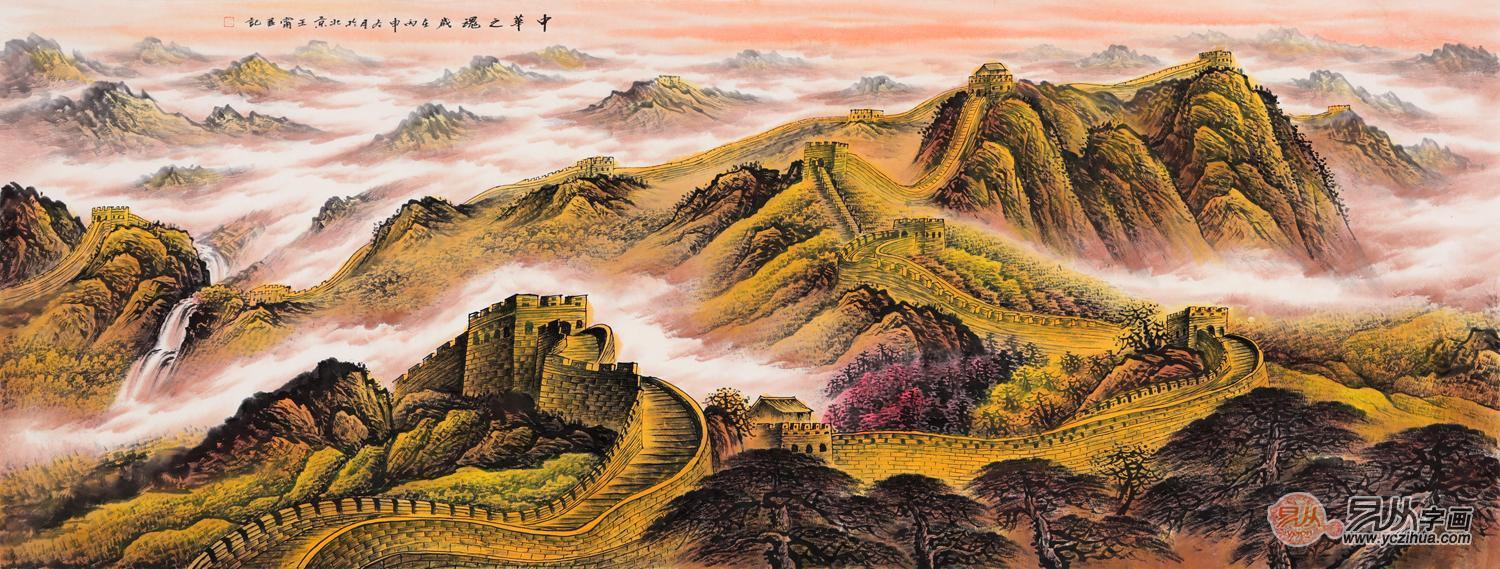
烽火平安夜，归梦到家山。